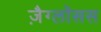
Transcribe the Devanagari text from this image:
ज़ैग्लॉसस